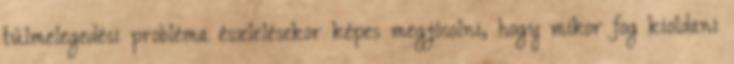
túlmelegedési probléma észlelésekor képes megjósolni, hogy mikor fog kioldani